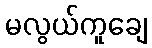
မလွယ်ကူချေ